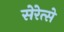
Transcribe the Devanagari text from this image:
सेरेत्से